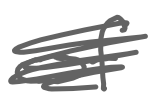
Text: of
Cross-out: scratch
Writing tool: digital_gray